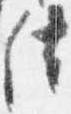
法